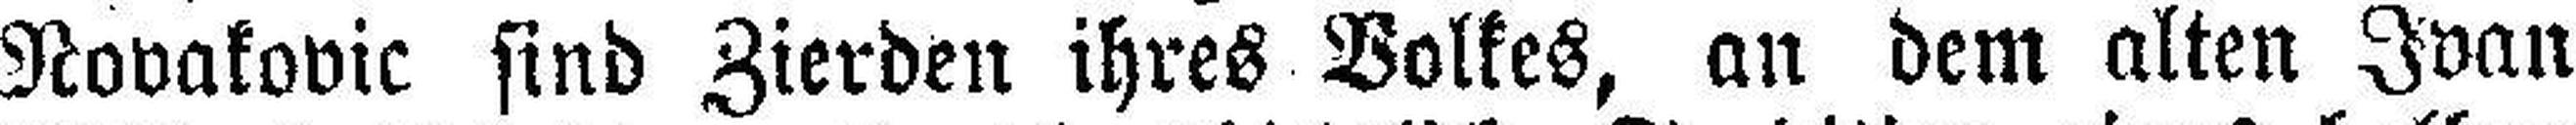
Novakovic sind Zierden ihres Volkes, an dem alten Ivan